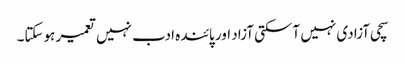
سچی آزادی نہیں آسکتی آزاد اور پائندہ ادب نہیں تعمیر ہوسکتا۔